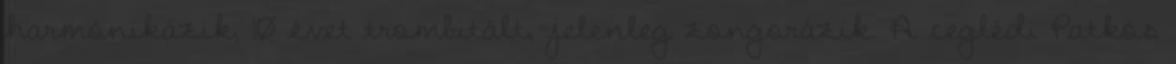
harmónikázik, 10 évet trombitált, jelenleg zongorázik. A ceglédi Patkós